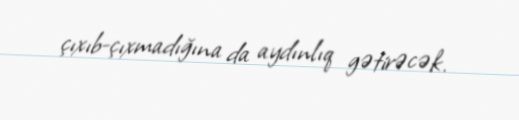
çıxıb-çıxmadığına da aydınlıq gətirəcək.